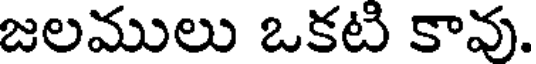
జలములు ఒకటి కావు.